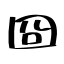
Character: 囧